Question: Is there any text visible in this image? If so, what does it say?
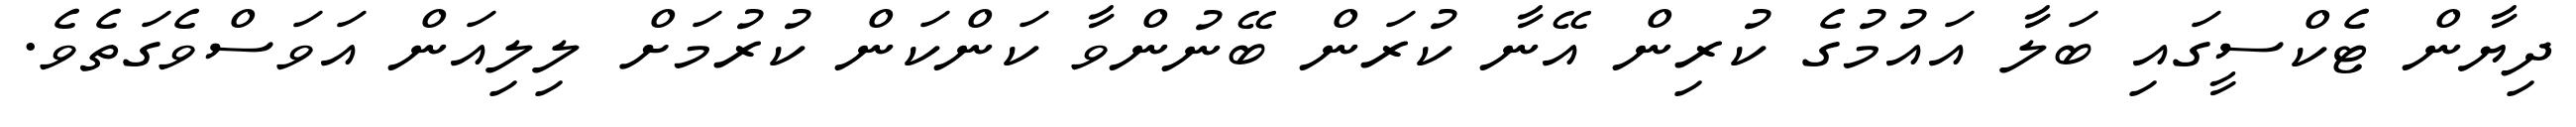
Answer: ދިޔާން ޓެކްސީގައި ބަލާ އައުމުގެ ކުރިން އޭނާ ކުރަން ބޭނުންވާ ކަންކަން ކުރުމަށް ލިލިއަން އަވަސްވެގަތެވެ.